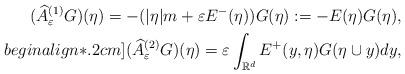
LaTeX: \begin{align*}(\widehat{A}^{(1)}_{\varepsilon} G) (\eta) = -(|\eta|m + \varepsilon E^{-}(\eta)) G(\eta):= - E(\eta)G(\eta), \\begin{align*}.2cm] (\widehat{A}^{(2)}_{\varepsilon} G) (\eta) = \varepsilon\int_{\mathbb{R}^d} E^{+} (y,\eta) G (\eta\cup y) dy, \end{align*}